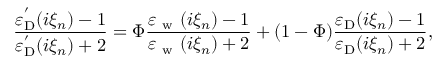
\frac { \varepsilon _ { \mathrm { D } } ^ { ^ { \prime } } ( i \xi _ { n } ) - 1 } { \varepsilon _ { \mathrm { D } } ^ { ^ { \prime } } ( i \xi _ { n } ) + 2 } = \Phi \frac { \varepsilon _ { \mathrm { ~ w ~ } } ( i \xi _ { n } ) - 1 } { \varepsilon _ { \mathrm { ~ w ~ } } ( i \xi _ { n } ) + 2 } + ( 1 - \Phi ) \frac { \varepsilon _ { \mathrm { D } } ( i \xi _ { n } ) - 1 } { \varepsilon _ { \mathrm { D } } ( i \xi _ { n } ) + 2 } ,